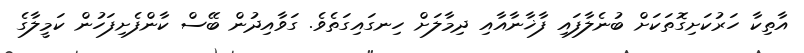
އާތިކާ ހަރުކަށިގޮތަކަށް ބުނެލާފައި ފާޚާނާއާއި ދިމާލަށް ހިނގައިގަތެވެ. ގަވާއިދުން ބޭސް ކާންފެށިފަހުން ކަމީލާގެ